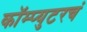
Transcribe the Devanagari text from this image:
कॉम्प्युटरचं